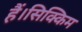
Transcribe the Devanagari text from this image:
हैं।सिक्किम